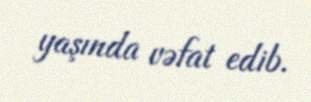
yaşında vəfat edib.